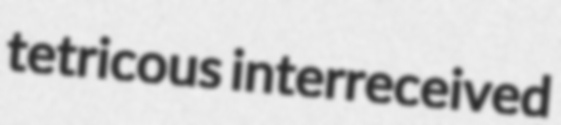
tetricous interreceived